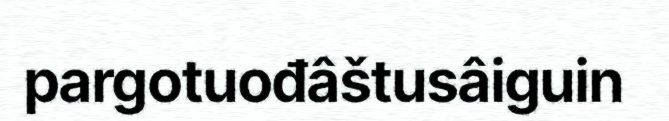
pargotuođâštusâiguin